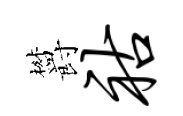
欝祜